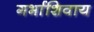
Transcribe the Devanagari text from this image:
गर्भाशिवाय